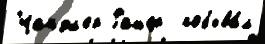
Чандл'ер Рашер  побыва́л